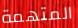
المتهمة